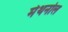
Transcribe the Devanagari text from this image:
मेथनोल